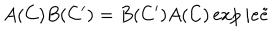
LaTeX: A ( C ) B ( C ^ { \prime } ) = B ( C ^ { \prime } ) A ( C ) \exp i e \tilde { e }